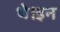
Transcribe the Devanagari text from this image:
थे।इन